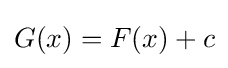
G(x)=F(x)+c